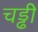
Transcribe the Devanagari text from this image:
चड्ढी